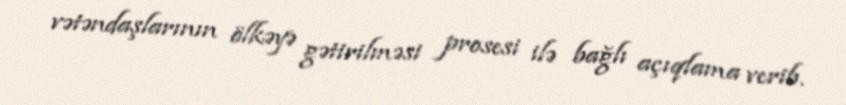
vətəndaşlarının ölkəyə gətirilməsi prosesi ilə bağlı açıqlama verib.